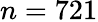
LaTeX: n=721